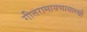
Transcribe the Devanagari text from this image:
गीतरामायणासारखी